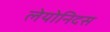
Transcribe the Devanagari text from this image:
लेयोनिदस